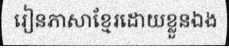
រៀនភាសាខ្មែរដោយខ្លួនឯង